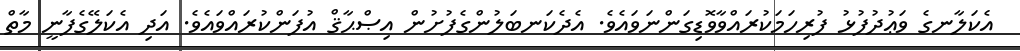
އެކަލާނގެ ވަޢުދުފުޅު ފުރިހަމަކުރައްވާވޮޑިގަންނަވައެވެ. އެދެކަނބަލުންގެފުށުން އިޞްޙާޤް އުފަންކުރައްވައެވެ. އަދި އެކަލޭގެފާނީ މާތް